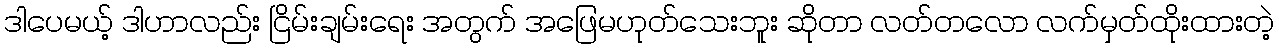
ဒါပေမယ့် ဒါဟာလည်း ငြိမ်းချမ်းရေး အတွက် အဖြေမဟုတ်သေးဘူး ဆိုတာ လတ်တလော လက်မှတ်ထိုးထားတဲ့